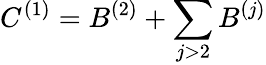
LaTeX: C^{(1)}=B^{(2)}+\sum_{j>2}B^{(j)}